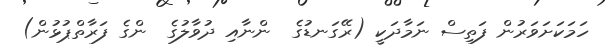
ހަމަކަށަވަރުން ފަތިސް ނަމާދަކީ (ރޭގަނޑުގެ  ންނާއި ދުވާލުގެ  ންގެ ފަރާތްޕުޅުން)